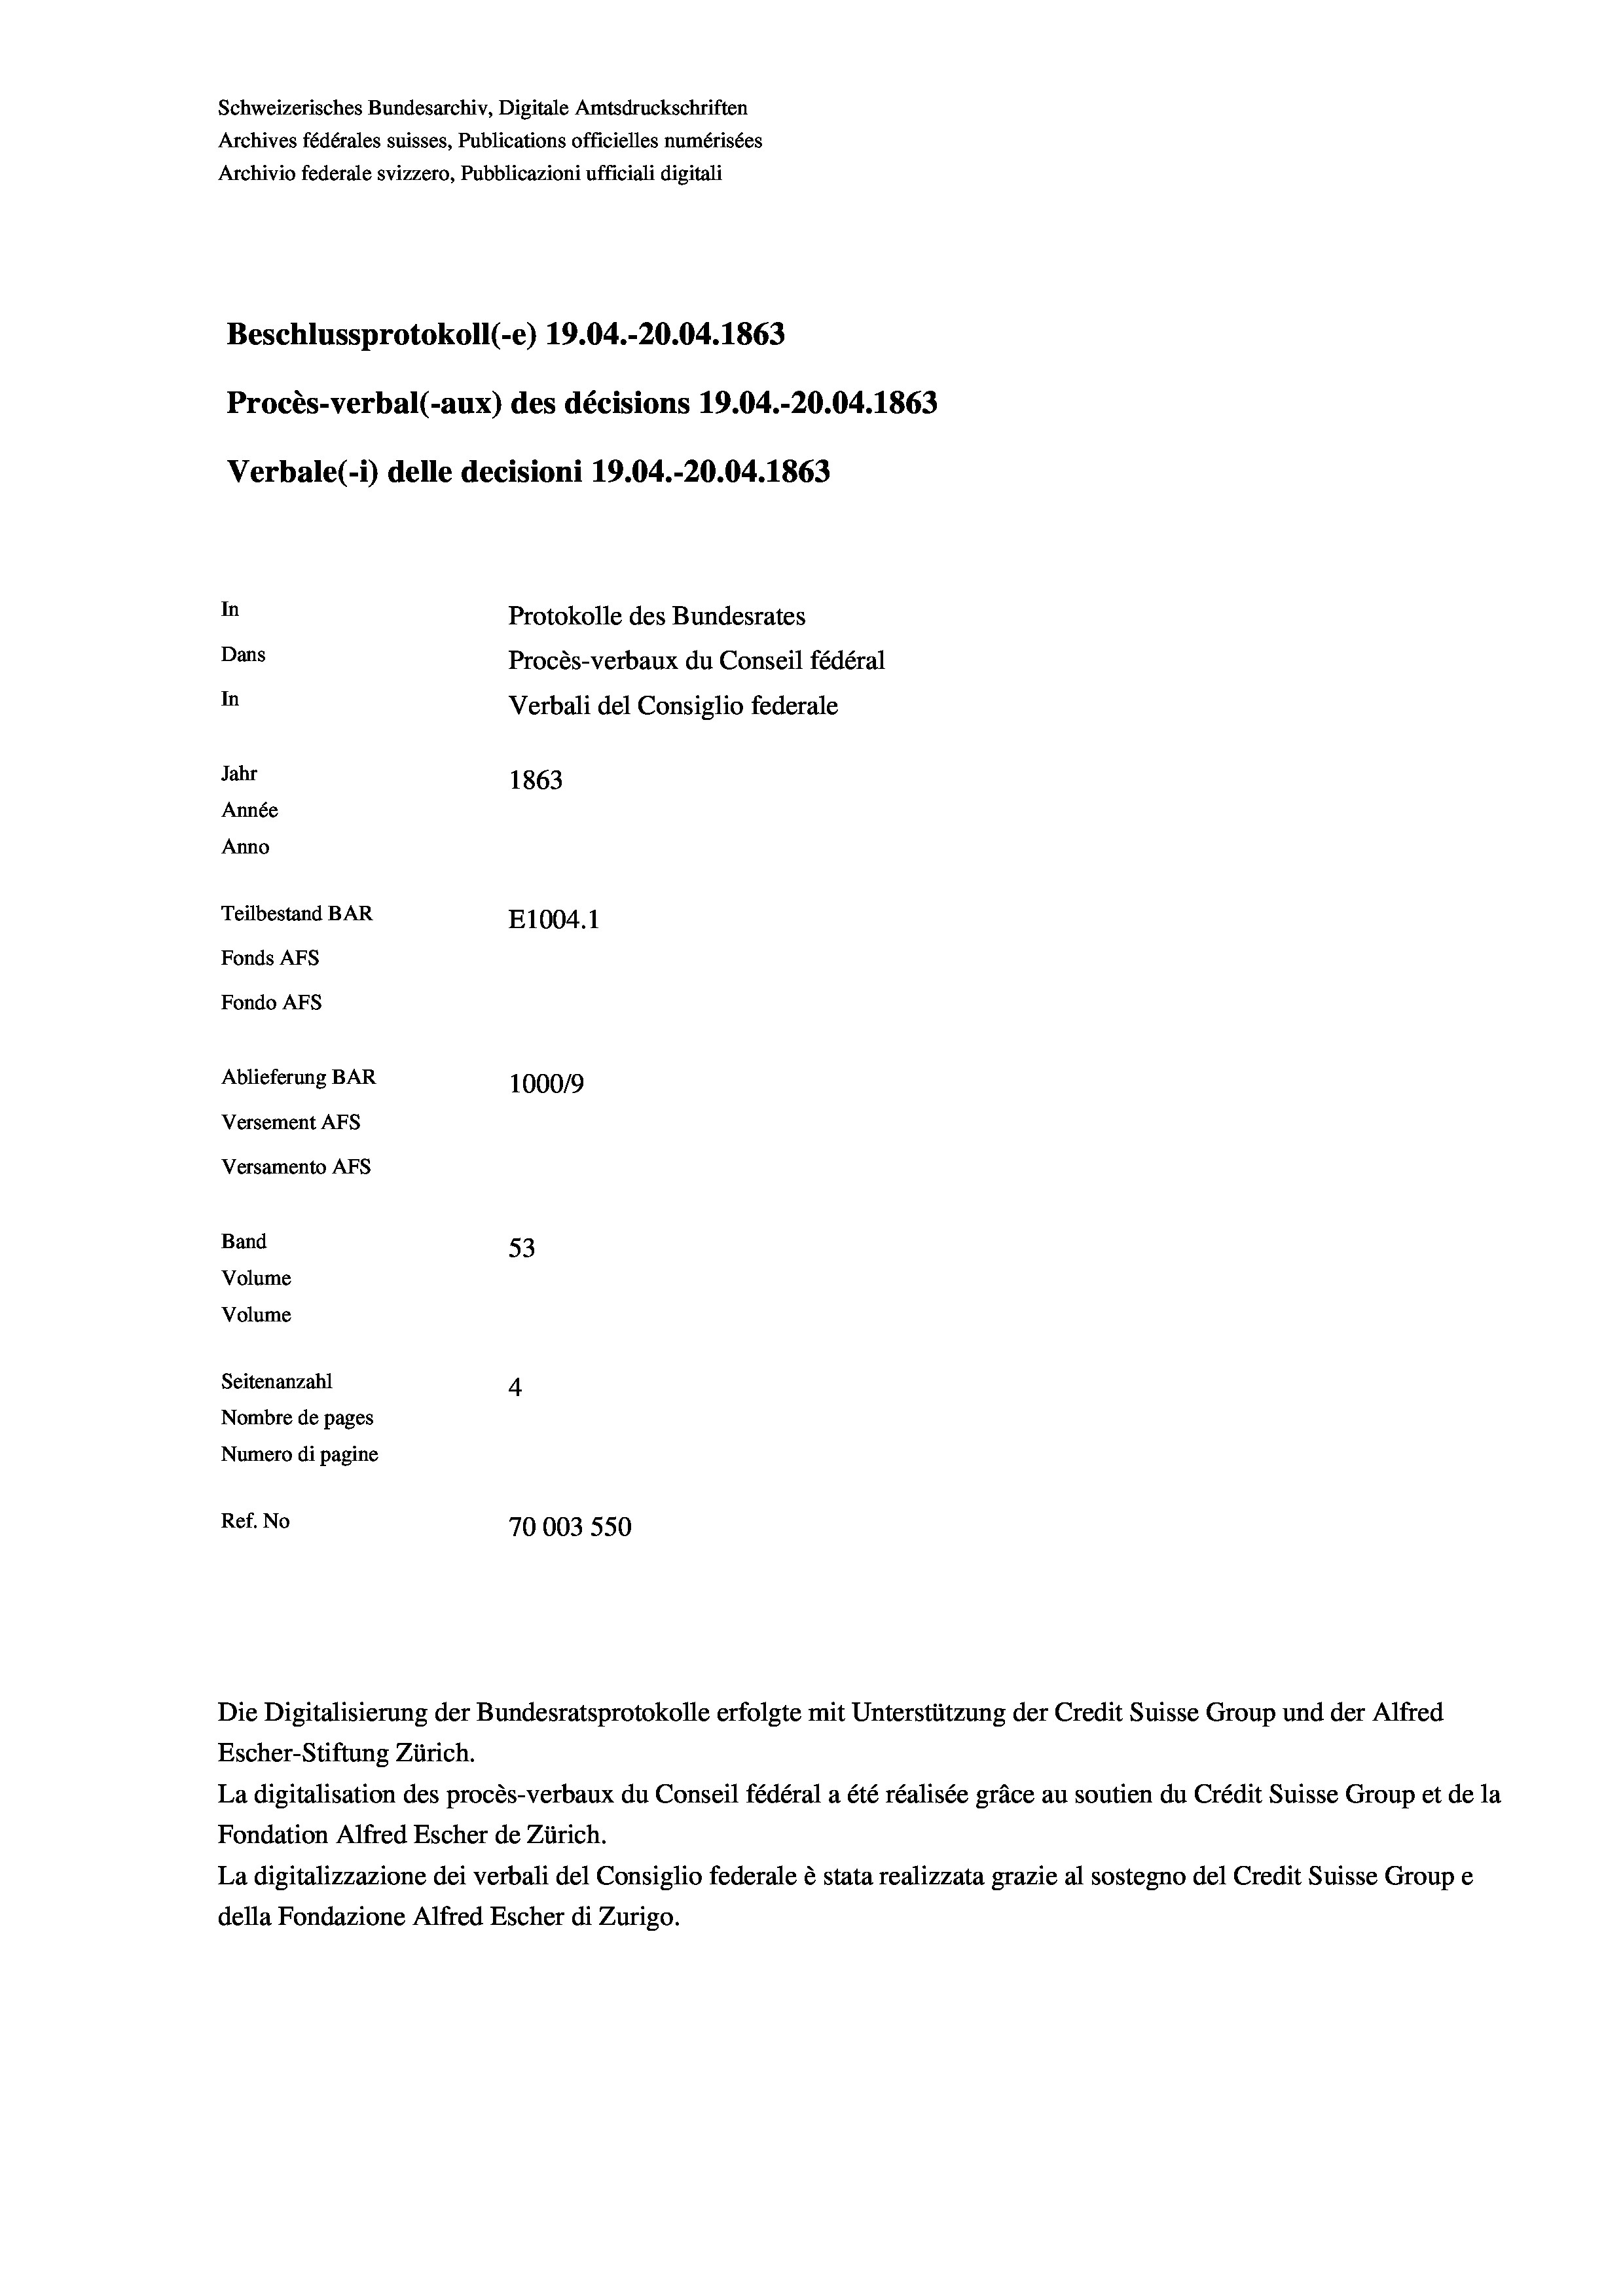
Schweizerisches Bundesarchiv, Digitale Amtsdruckschriften
Archives fédérales suisses, Publications officielles numérisées
Archivio federale svizzero, Pubblicazioni ufficiali digitali
Beschlussprotokoll (-e) 19.04.-20.04. 1863
Procès-verbal (-aux) des décisions 19.04.-20.04. 1863
Verbale (i) delle decisioni 19.04.-20.04. 1863
In
Protokolle des Bundesrates
Dans
Procès-verbaux du Conseil fédéral
In
Verbali del Consiglio federale
Jahr
1863
Année
Anno
Teilbestand BAR
E1004.1
Fonds AFs
Fondo AFS
Ablieferung BAR
100019
Versement As
Versamento Afs
Band
53
Volume
Volume
Seitenanzahl
4
Nombre de pages
Numero di pagine
Ref. No
70003 550

Die Digitalisierung der Bundesratsprotokolle erfolgte mit Unterstützung der Credit Suisse Group und der Alfred
Escher-Stiftung Zürich.

La digitalisation des procès-verbaux du Conseil fédéral a été réalisée gräce au soutien du Crédit Suisse Group et de la
Fondation Alfred Escher de Zürich.
La digitalizzazione dei verbali del Consiglio federale è stata realizzata grazie al sostegno del Credit Suisse Groupe
della Fondazione Alfred Escher di Zurigo.